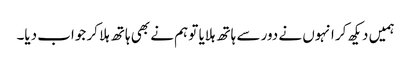
ہمیں دیکھ کر انہوں نے دور سے ہاتھ ہلایا تو ہم نے بھی ہاتھ ہلا کر جواب دیا۔